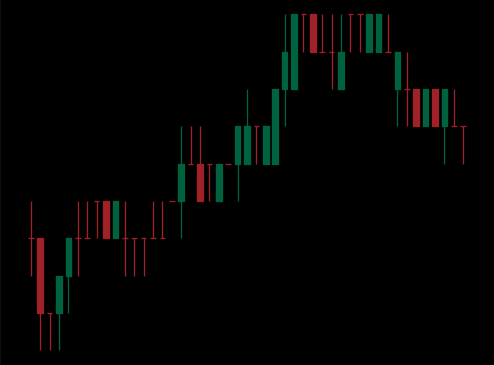
Pattern: bear_flag